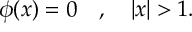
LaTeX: \phi ( x ) = 0 \quad , \quad | x | > 1 .